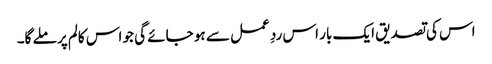
اس کی تصدیق ایک بار اس ردِ عمل سے ہو جائے گی جو اس کالم پر ملے گا۔